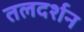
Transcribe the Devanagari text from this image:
तलदर्शन